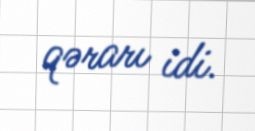
qərarı idi.